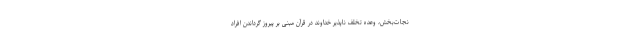
نجات‌بخش، وعده تخلف ناپذیر خداوند در قرآن مبنی بر پیروز گرداندن افراد